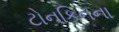
ટોનકિનના